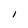
Character: l